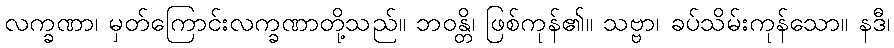
လက္ခဏာ၊ မှတ်ကြောင်းလက္ခဏာတို့သည်။ ဘဝန္တိ၊ ဖြစ်ကုန်၏။ သဗ္ဗာ၊ ခပ်သိမ်းကုန်သော။ နဒီ၊